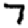
Digit: 7